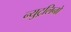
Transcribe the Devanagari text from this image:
न्युट्रलिनो